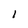
Character: i